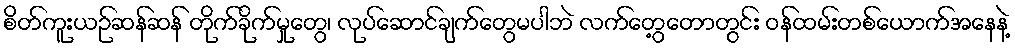
စိတ်ကူးယဉ်ဆန်ဆန် တိုက်ခိုက်မှုတွေ၊ လုပ်ဆောင်ချက်တွေမပါဘဲ လက်တွေ့တောတွင်း ဝန်ထမ်းတစ်ယောက်အနေနဲ့